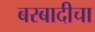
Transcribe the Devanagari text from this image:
बरबादीचा